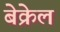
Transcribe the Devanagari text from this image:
बेक्रेल